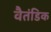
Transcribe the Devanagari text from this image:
वैतंडिक